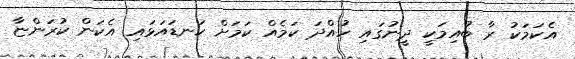
އެކަމަކު ރާ ބުއިމަކީ ދީނުގައި ހުއްދަ ކަމެއް ކަމަށް ކަނޑައަޅައި އެކަން ކުރަންޏާ